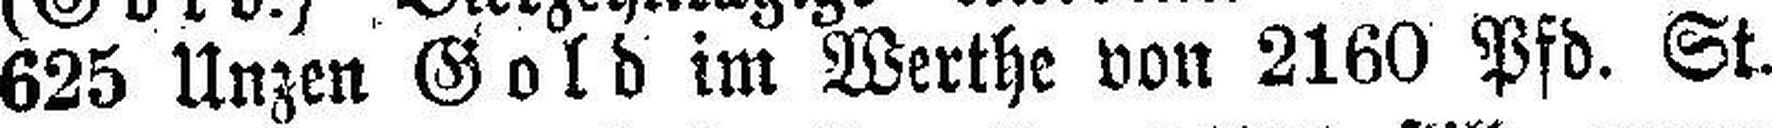
625 Unzen Gold im Werthe von 2160 Pfd. St.